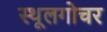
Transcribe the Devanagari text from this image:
स्थूलगोचर